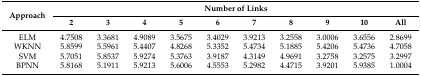
<table><thead><tr><td rowspan="2"><b>Approach</b></td><td colspan="10"><b>Number of Links</b></td></tr><tr><td><b>2</b></td><td><b>3</b></td><td><b>4</b></td><td><b>5</b></td><td><b>6</b></td><td><b>7</b></td><td><b>8</b></td><td><b>9</b></td><td><b>10</b></td><td><b>All</b></td></tr></thead><tbody><tr><td>ELM</td><td>4.7508</td><td>3.3681</td><td>4.9089</td><td>3.5675</td><td>3.4029</td><td>3.9213</td><td>3.2558</td><td>3.0006</td><td>3.6556</td><td>2.8699</td></tr><tr><td>WKNN</td><td>5.8599</td><td>5.5961</td><td>5.4407</td><td>4.8268</td><td>5.3352</td><td>5.4734</td><td>5.1885</td><td>5.4206</td><td>5.4736</td><td>4.7058</td></tr><tr><td>SVM</td><td>5.7051</td><td>5.8537</td><td>5.9274</td><td>5.3763</td><td>3.9187</td><td>4.3149</td><td>4.9691</td><td>3.2758</td><td>3.2575</td><td>3.2997</td></tr><tr><td>BPNN</td><td>5.8168</td><td>5.1911</td><td>5.9213</td><td>5.6006</td><td>4.5553</td><td>5.2982</td><td>4.4715</td><td>3.9201</td><td>5.9385</td><td>1.0004</td></tr></tbody></table>